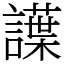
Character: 䜓